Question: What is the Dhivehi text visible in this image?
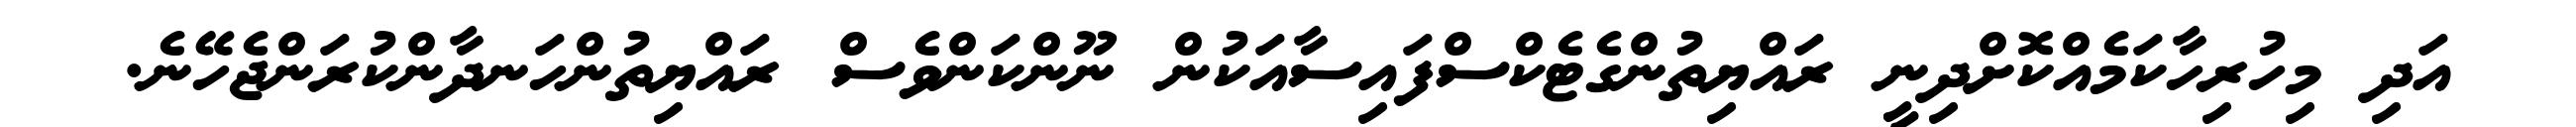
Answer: އަދި މިހުރިހާކަމެއްކޮށްދިނީ ރައްޔިތުންގެޓެކްސްފައިސާއަކުން ނޫންކަންވެސް ރައްޔިތުންހަނދާންކުރަންޖެހޭނެ.